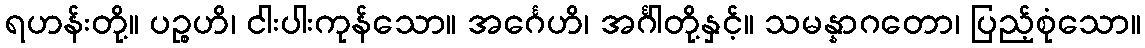
ရဟန်းတို့။ ပဉ္စဟိ၊ ငါးပါးကုန်သော။ အင်္ဂေဟိ၊ အင်္ဂါတို့နှင့်။ သမန္နာဂတော၊ ပြည့်စုံသော။